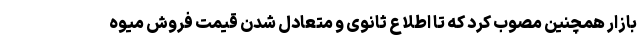
بازار همچنین مصوب کرد که تا اطلاع ثانوی و متعادل شدن قیمت فروش میوه